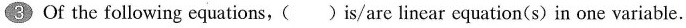
③Of the following equations,( )is/are linear equation(s) in one variable.